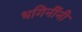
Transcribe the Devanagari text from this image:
भगिनींनी